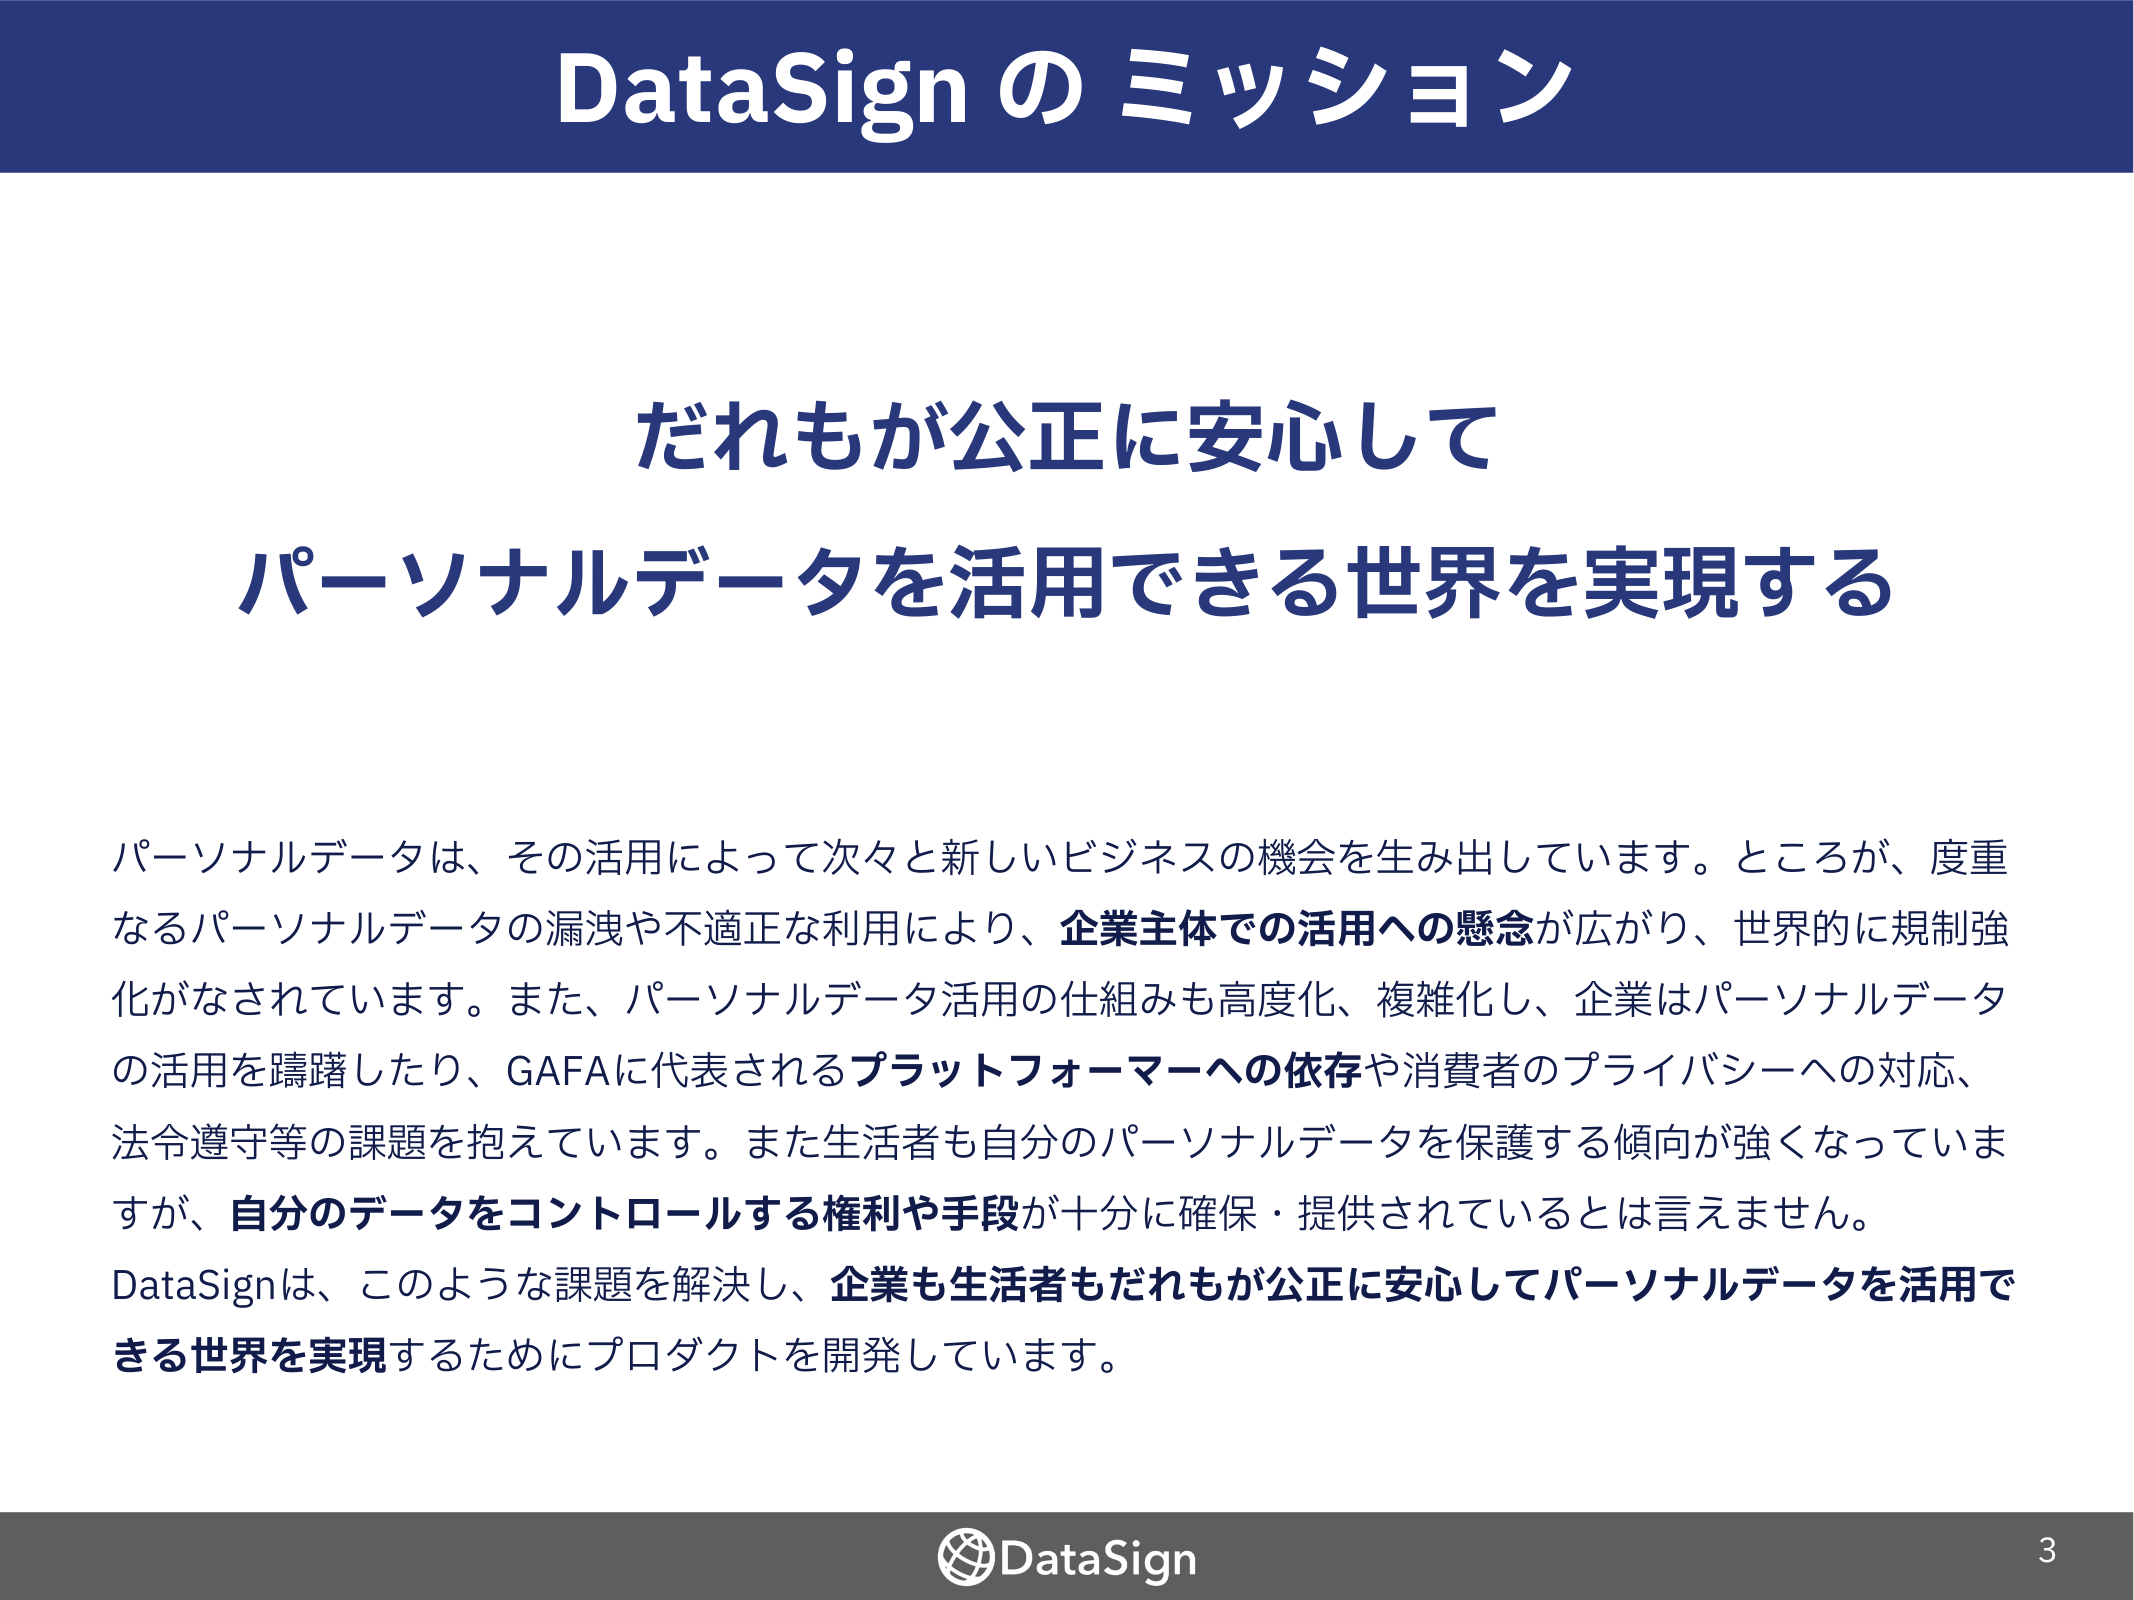
DataSign のミッション

だれもが公正に安心して
パーソナルデータを活用できる世界を実現する

パーソナルデータは、その活用によって次々と新しいビジネスの機会を生み出しています。ところが、度重なるパーソナルデータの漏洩や不適正な利用により、企業主体での活用への懸念が広がり、世界的に規制強化がなされています。また、パーソナルデータ活用の仕組みも高度化、複雑化し、企業はパーソナルデータの活用を躊躇したり、GAFAに代表されるプラットフォーマーへの依存や消費者のプライバシーへの対応、法令遵守等の課題を抱えています。また生活者も自分のパーソナルデータを保護する傾向が強くなっていま すが、自分のデータをコントロールする権利や手段が十分に確保・提供されているとは言えません。
DataSignは、このような課題を解決し、企業も生活者もだれもが公正に安心してパーソナルデータを活用できる世界を実現するためにプロダクトを開発しています。

DataSign
3